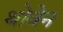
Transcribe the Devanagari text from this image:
थोवेन